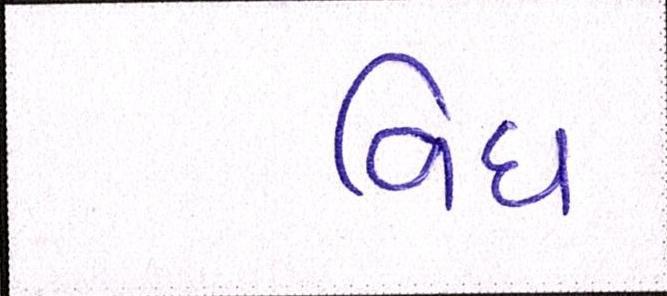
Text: વિધ